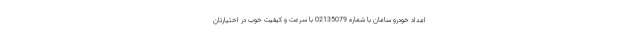
امداد خودرو سامان با شماره 02135079 با سرعت و کیفیت خوب در اختیارتان